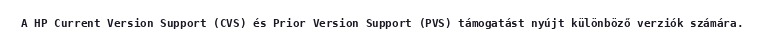
A HP Current Version Support (CVS) és Prior Version Support (PVS) támogatást nyújt különböző verziók számára.